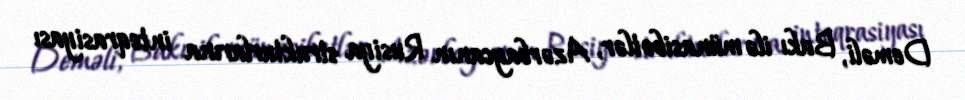
Deməli, Bakı ilə münasibətlər, Azərbaycanın Rusiya strukturlarına inteqrasiyası